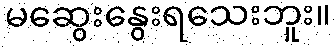
မဆွေးနွေးရသေးဘူး။